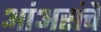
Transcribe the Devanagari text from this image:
आंअसंचे